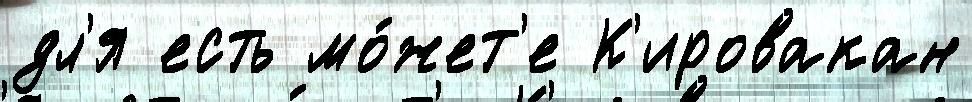
дл'я есть мо́жет'е К'ировакан